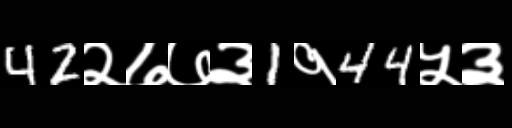
Text: 42२७७३1१44५३